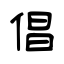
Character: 倡